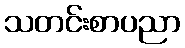
သတင်းစာပညာ